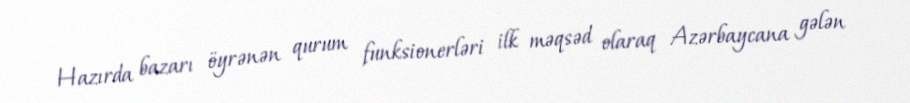
Hazırda bazarı öyrənən qurum funksionerləri ilk məqsəd olaraq Azərbaycana gələn